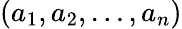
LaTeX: (a_{1},a_{2},\ldots,a_{n})